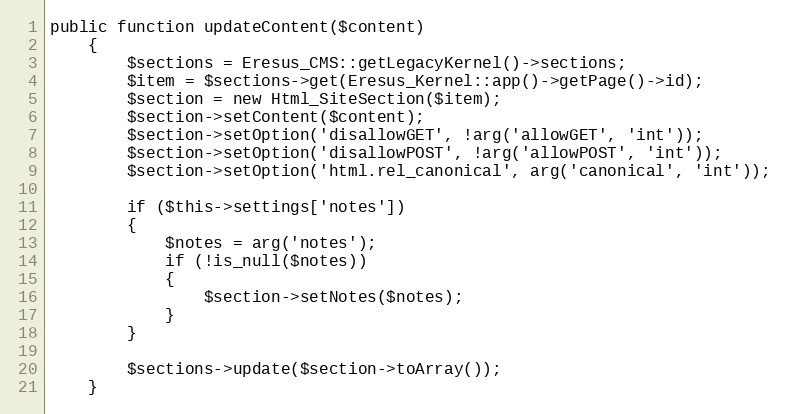
Language: PHP
public function updateContent($content)
    {
        $sections = Eresus_CMS::getLegacyKernel()->sections;
        $item = $sections->get(Eresus_Kernel::app()->getPage()->id);
        $section = new Html_SiteSection($item);
        $section->setContent($content);
        $section->setOption('disallowGET', !arg('allowGET', 'int'));
        $section->setOption('disallowPOST', !arg('allowPOST', 'int'));
        $section->setOption('html.rel_canonical', arg('canonical', 'int'));

        if ($this->settings['notes'])
        {
            $notes = arg('notes');
            if (!is_null($notes))
            {
                $section->setNotes($notes);
            }
        }

        $sections->update($section->toArray());
    }